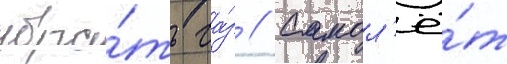
убра́ть га́з // Самол'ё́т